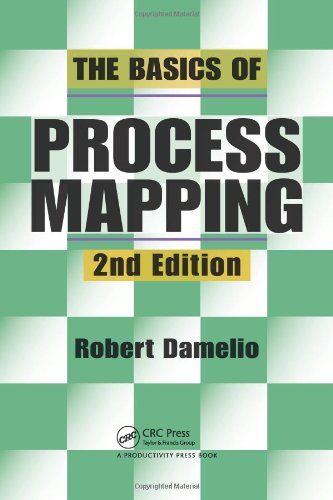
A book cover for The Basics of Process Mapping, 2nd Edition; Robert Damelio; Medical Books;